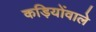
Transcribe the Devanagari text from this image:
कड़ियोंवाले